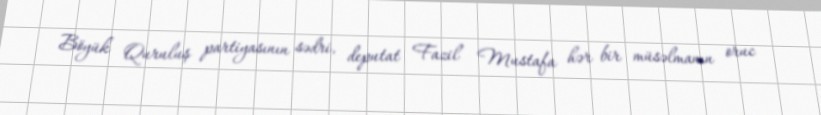
Böyük Quruluş partiyasının sədri, deputat Fazil Mustafa hər bir müsəlmanın oruc